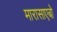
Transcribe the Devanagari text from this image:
मारासाएबो